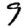
Digit: 9